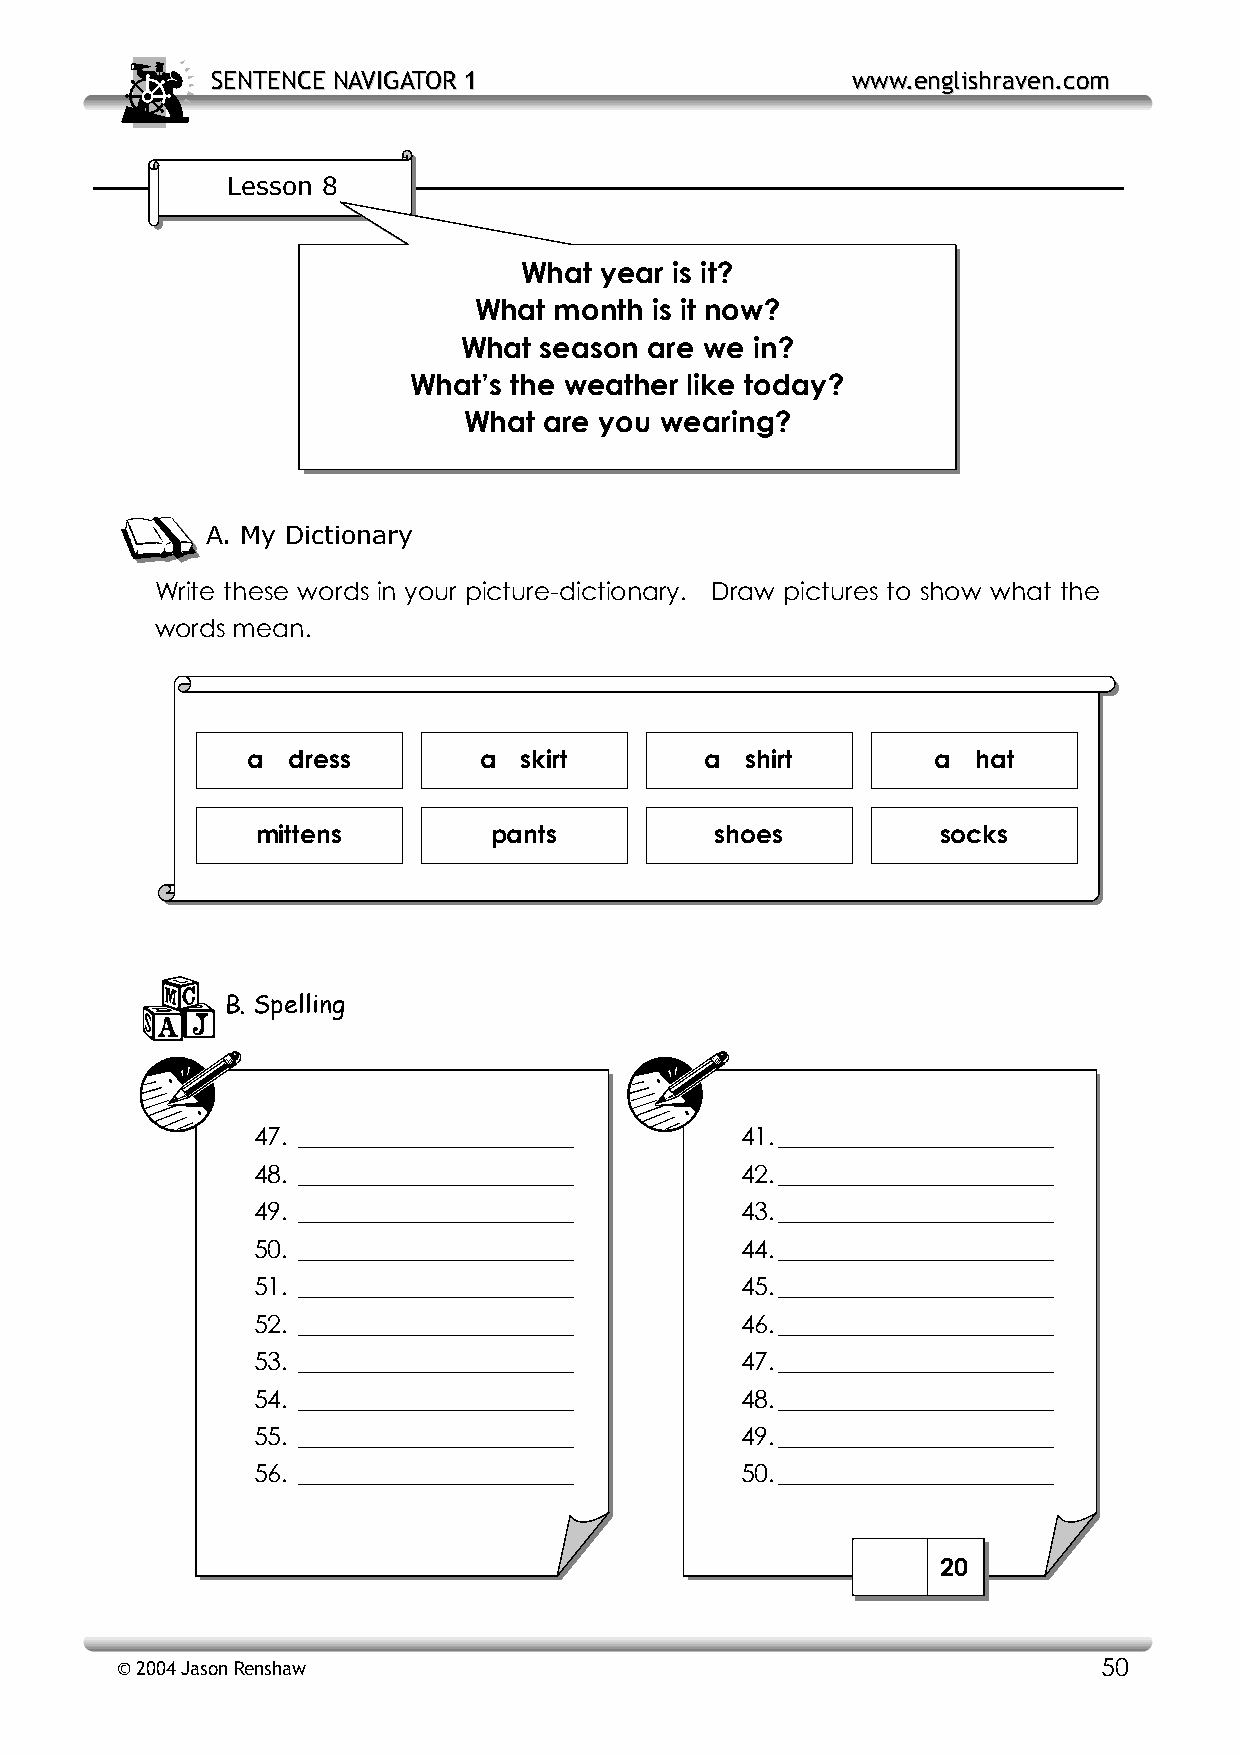
SSEENNTTEENNCCEE NNAAVVIIGGAATTOORR 11    wwwwww..eenngglliisshhrraavveenn..ccoomm
 Lesson 8
 What  year is it?
 What  month is it now?
 What  season are we in?
 What’s the weather like today?
 What are you wearing?
 A. My Dictionary
 Write these words in your picture-dictionary. Draw pictures to show what the
 words mean.
 a  dress        a skirt        a shirt        a  hat
 mittens        pants          shoes          socks
 B. Spelling
 47. ______________________      41. ______________________
 48. ______________________      42. ______________________
 49. ______________________      43. ______________________
 50. ______________________      44. ______________________
 51. ______________________      45. ______________________
 52. ______________________      46. ______________________
 53. ______________________      47. ______________________
 54. ______________________      48. ______________________
 55. ______________________      49. ______________________
 56. ______________________      50. ______________________
 20
 © 2004 Jason Renshaw                                             50